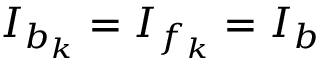
I _ { b _ { k } } = I _ { f _ { k } } = I _ { b }